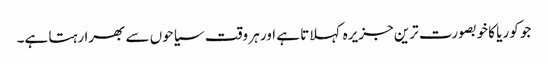
جو کوریا کا خوبصورت ترین جزیرہ کہلاتا ہے اور ہر وقت سیاحوں سے بھرا رہتا ہے۔